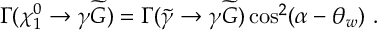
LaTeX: \Gamma ( \chi _ { 1 } ^ { 0 } \rightarrow \gamma \widetilde { G } ) = \Gamma ( \widetilde { \gamma } \rightarrow \gamma \widetilde { G } ) \cos ^ { 2 } ( \alpha - \theta _ { w } ) ~ .